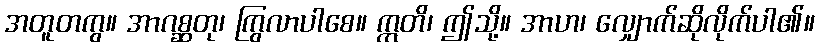
အတူတကွ။ အာဂစ္ဆတု၊ ကြွလာပါစေ။ ဣတိ၊ ဤသို့။ အာဟ၊ လျှောက်ဆိုလိုက်ပါ၏။